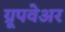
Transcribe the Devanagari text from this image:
ग्रूपवेअर